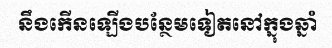
នឹងកើនឡើងបន្ថែមទៀតនៅក្នុងឆ្នាំ